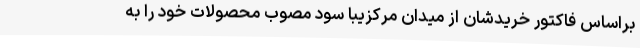
براساس فاکتور خریدشان از میدان مرکزیبا سود مصوب محصولات خود را به